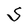
Character: S